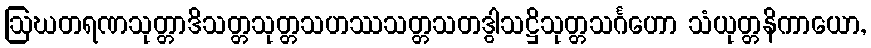
ဩဃတရဏသုတ္တာဒိသတ္တသုတ္တသဟဿသတ္တသတဒွါသဋ္ဌိသုတ္တသင်္ဂဟော သံယုတ္တနိကာယော,